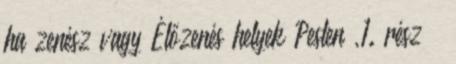
ha zenész vagy Élőzenés helyek Pesten ,1. rész –